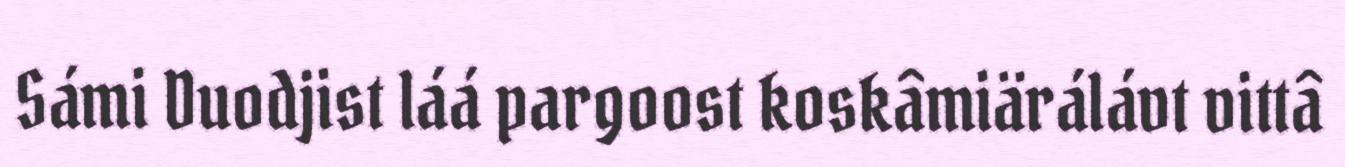
Sámi Duodjist láá pargoost koskâmiärálávt vittâ